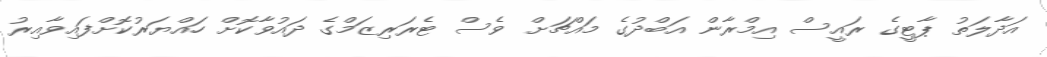
އަދާލަތު ޕާޓީގެ ރައީސް އިމްރާން އަބްދުގެ މައްޗަށް ވެސް ޓެރަރިޒަމްގެ ދައުވާކޮށް ހައްޔަރުކޮށްފައިވާއިރު